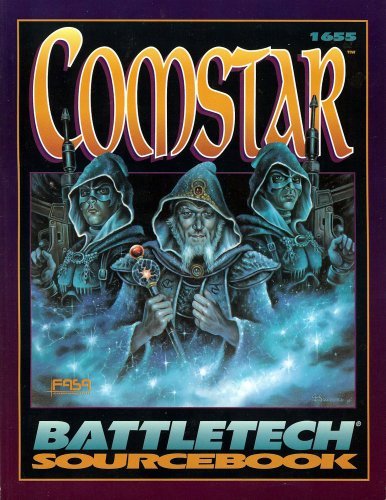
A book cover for Comstar (Battletech Sourcebook, 1655); Donna Ippolito; Science Fiction & Fantasy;